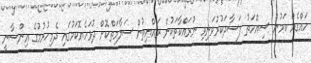
ހައްގެއް ކަމުން ސިއްހަތު ފަސާދަކުރުވަނިވި ނުރައްކާތަކުން ރައްޔިތުން ސަލާމަތްކޮށް ދުޅަހެޔޮކަމުގައި ދެމިހުރުމުގެ އިންސާނީ